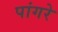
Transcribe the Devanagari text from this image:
पांगरे